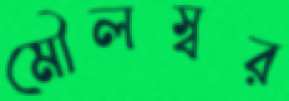
মৌলস্বর